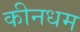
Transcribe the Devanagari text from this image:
कीनधम